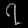
Digit: ၇